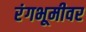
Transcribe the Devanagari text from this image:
रंंगभूमीवर